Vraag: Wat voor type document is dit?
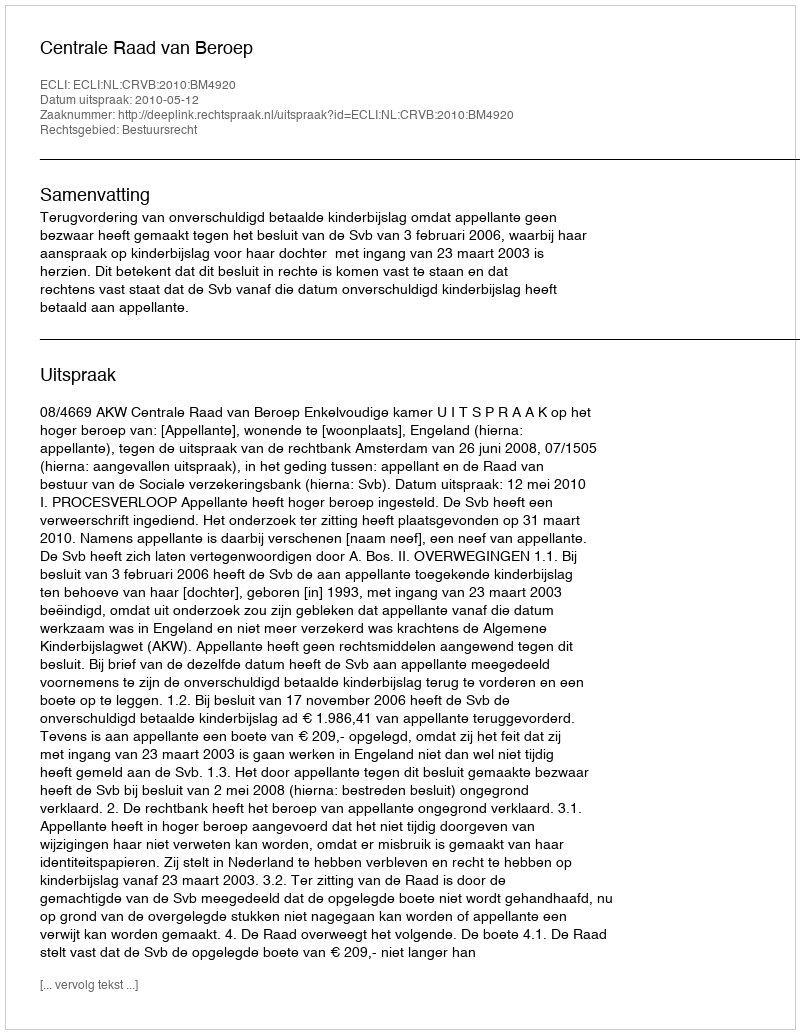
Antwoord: Uitspraak